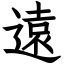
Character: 遠